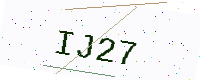
Text: IJ27